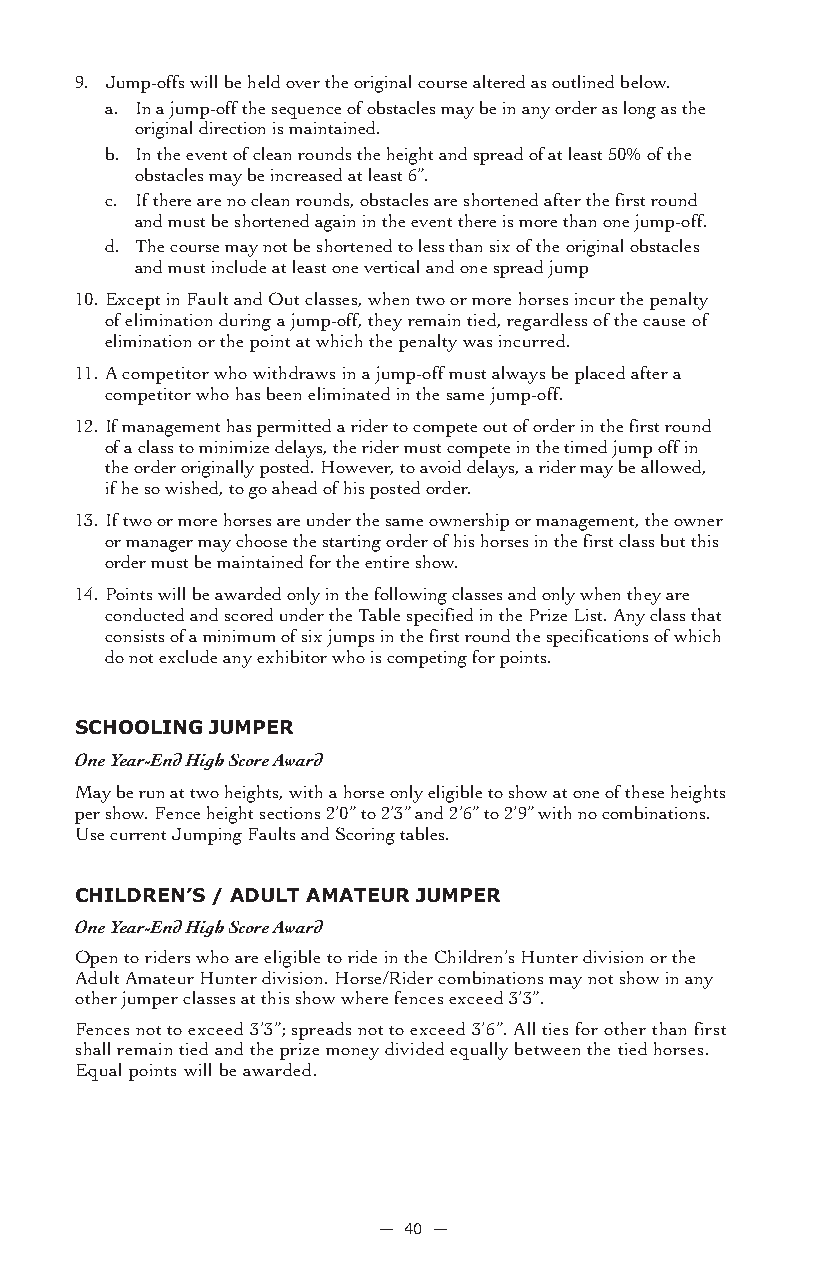
9. Jump-offs will be held over the original course altered as outlined below.
 a. In a jump-off the sequence of obstacles may be in any order as long as the
 original direction is maintained.
 b. In the event of clean rounds the height and spread of at least 50% of the
 obstacles may be increased at least 6”.
 c. If there are no clean rounds, obstacles are shortened after the first round
 and must be shortened again in the event there is more than one jump-off.
 d. The course may not be shortened to less than six of the original obstacles
 and must include at least one vertical and one spread jump
 10.Except in Fault and Out classes, when two or more horses incur the penalty
 of elimination during a jump-off, they remain tied, regardless of the cause of
 elimination or the point at which the penalty was incurred.
 11.A competitor who withdraws in a jump-off must always be placed after a
 competitor who has been eliminated in the same jump-off.
 12. If management has permitted a rider to compete out of order in the first round
 of a class to minimize delays, the rider must compete in the timed jump off in
 the order originally posted. However, to avoid delays, a rider may be allowed,
 if he so wished, to go ahead of his posted order.
 13. If two or more horses are under the same ownership or management, the owner
 or manager may choose the starting order of his horses in the first class but this
 order must be maintained for the entire show.
 14. Points will be awarded only in the following classes and only when they are
 conducted and scored under the Table specified in the Prize List. Any class that
 consists of a minimum of six jumps in the first round the specifications of which
 do not exclude any exhibitor who is competing for points.
 sCHooLinG JUMPer
 One Year-End High Score Award
 May be run at two heights, with a horse only eligible to show at one of these heights
 per show. Fence height sections 2’0” to 2’3” and 2’6” to 2’9” with no combinations.
 Use current Jumping Faults and Scoring tables.
 CHiLDren’s / aDULT aMaTeUr JUMPer
 One Year-End High Score Award
 Open to riders who are eligible to ride in the Children’s Hunter division or the
 Adult Amateur Hunter division. Horse/Rider combinations may not show in any
 other jumper classes at this show where fences exceed 3’3”.
 Fences not to exceed 3’3”; spreads not to exceed 3’6”. All ties for other than first
 shall remain tied and the prize money divided equally between the tied horses.
 Equal points will be awarded.
 — 40 —